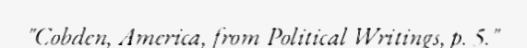
"Cobden, America, from Political Writings, p. 5."